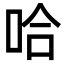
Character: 哈